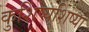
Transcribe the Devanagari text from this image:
कुशिष्यशिष्यो